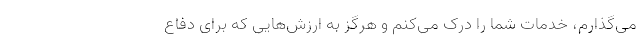
می‌گذارم، خدمات شما را درک می‌کنم و هرگز به ارزش‌هایی که برای دفاع